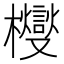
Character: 㰔